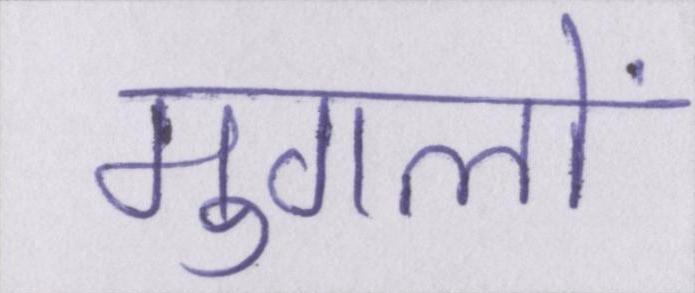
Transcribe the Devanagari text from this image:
मुगलों